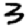
Digit: 3